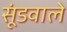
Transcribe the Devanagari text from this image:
सूंडवाले